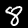
Digit: 8